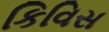
કિવિસ